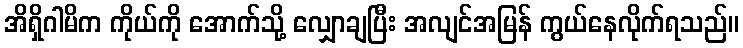
အိရှိဂါမိက ကိုယ်ကို အောက်သို့ လျှောချပြီး အလျင်အမြန် ကွယ်နေလိုက်ရသည်။